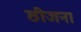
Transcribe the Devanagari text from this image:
छीजना